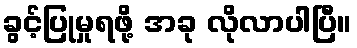
ခွင့်ပြုမှုရဖို့ အခု လိုလာပါပြီ။